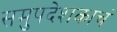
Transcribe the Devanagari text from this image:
समुपदेशकाचं